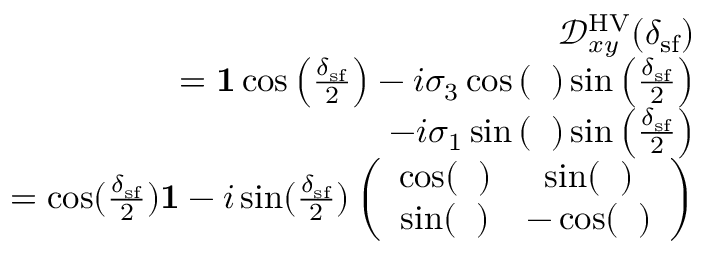
\begin{array} { r l r } & { } & { \mathcal { D } _ { x y } ^ { \mathrm { H V } } ( \delta _ { \mathrm { s f } } ) } \\ & { } & { = { \bf 1 } \cos \left( \frac { \delta _ { \mathrm { s f } } } { 2 } \right) - i \sigma _ { 3 } \cos \left( { \it \Delta \phi } \right) \sin \left( \frac { \delta _ { \mathrm { s f } } } { 2 } \right) } \\ & { } & { - i \sigma _ { 1 } \sin \left( { \it \Delta \phi } \right) \sin \left( \frac { \delta _ { \mathrm { s f } } } { 2 } \right) } \\ & { } & { = \cos ( \frac { \delta _ { \mathrm { s f } } } { 2 } ) { \bf 1 } - i \sin ( \frac { \delta _ { \mathrm { s f } } } { 2 } ) \left( \begin{array} { c c } { \cos ( { \it \Delta \phi } ) } & { \sin ( { \it \Delta \phi } ) } \\ { \sin ( { \it \Delta \phi } ) } & { - \cos ( { \it \Delta \phi } ) } \end{array} \right) } \end{array}